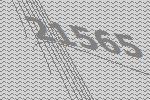
21565